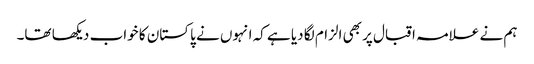
ہم نے علامہ اقبال پر بھی الزام لگا دیا ہے کہ انہوں نے پاکستان کا خواب دیکھا تھا۔